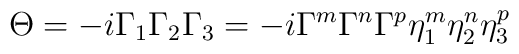
\Theta = -i \Gamma_1 \Gamma_2 \Gamma_3 = -i \Gamma^m \Gamma^n \Gamma^p \eta^m_1 \eta^n_2 \eta^p_3